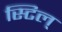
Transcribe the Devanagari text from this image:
स्टिल्